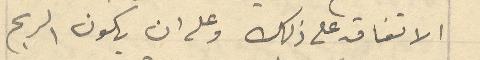
الاتفاق على ذلك وعلى ان يكون الربح